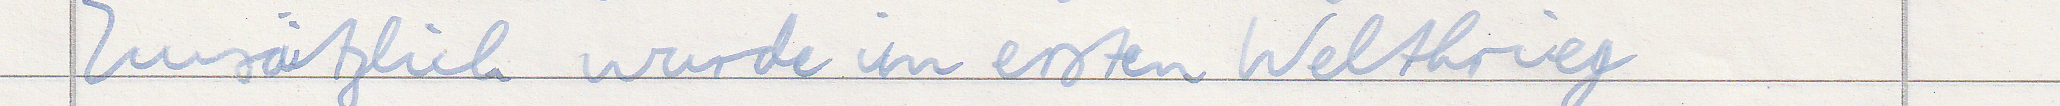
Zusätzlich wurde im ersten Weltkrieg